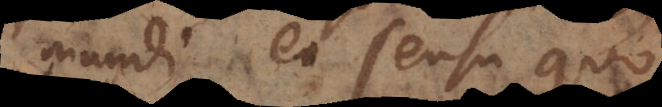
mundi, eo sensu quo